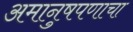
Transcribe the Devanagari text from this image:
अमानुषपणाचा